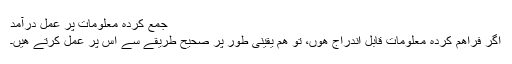
جمع کردہ معلومات پر عمل درآمد
اگر فراھم کردہ معلومات قابل اندراج ھوں، تو ھم يقينی طور پر صحيح طريقے سے اس پر عمل کرتے ھيں۔